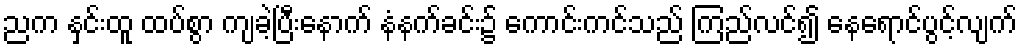
ညက နှင်းထူ ထပ်စွာ ကျခဲ့ပြီးနောက် နံနက်ခင်း၌ ကောင်းကင်သည် ကြည်လင်၍ နေရောင်ပွင့်လျက်